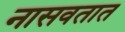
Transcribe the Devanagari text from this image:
नासवतात